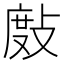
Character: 𢾖